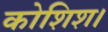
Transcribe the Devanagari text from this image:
कोशिश।